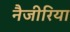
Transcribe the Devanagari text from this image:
नैजीरिया